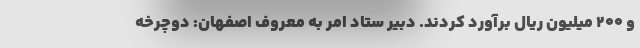
و ۲۰۰ میلیون ریال برآورد کردند. دبیر ستاد امر به معروف اصفهان: دوچرخه